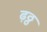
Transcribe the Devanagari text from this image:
ढ़ठ्ठ